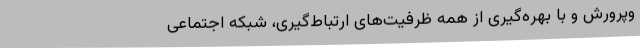
وپرورش و با بهره‌گیری از همه ظرفیت‌های ارتباط‌گیری، شبکه اجتماعی